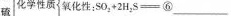
硫 化学性质 氧化性:$$S O_{ 2 } +2 H _ { 2 } S =$$⑥___